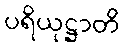
ပရိယုဋ္ဌာတိ